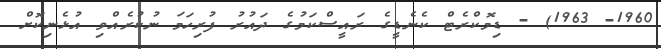
1960- 1963) - ޑިމޮކްރެޓް ކެނެޑީގެ ރައީސްކަމުގެ ދައުރު ފުރިހަމަ ނުކުރެއްވި އުޅެނިކޮށް